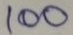
100